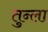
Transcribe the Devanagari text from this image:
तुन्ला